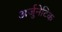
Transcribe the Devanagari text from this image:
अर्जुनेटिक